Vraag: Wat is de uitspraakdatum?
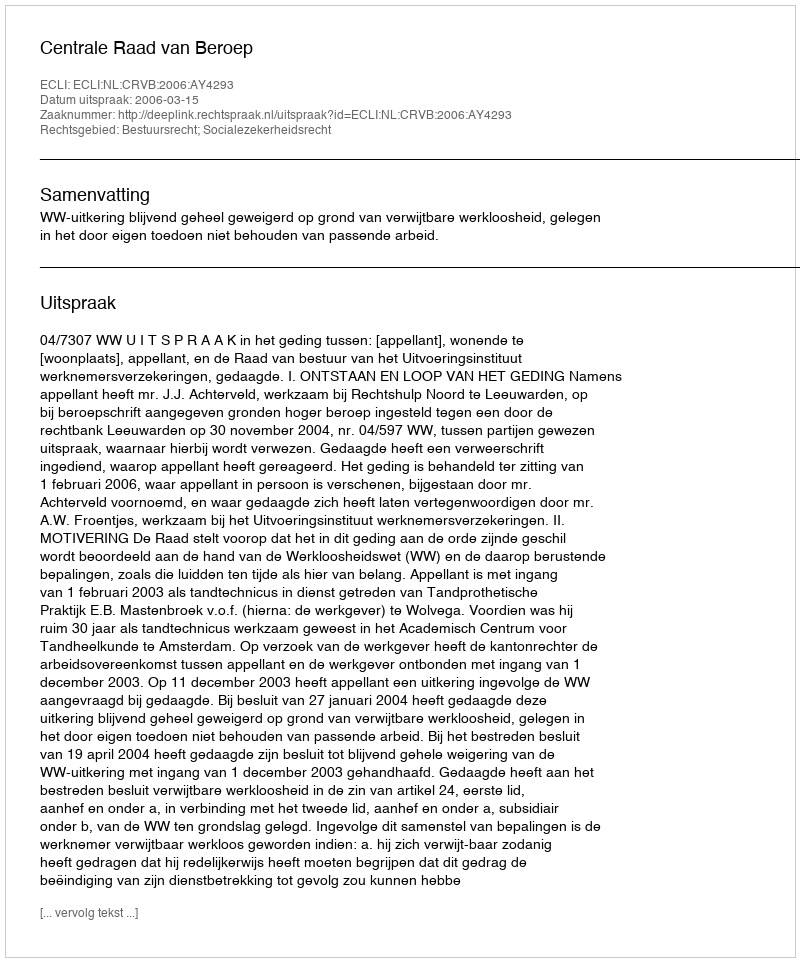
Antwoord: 2006-03-15